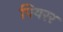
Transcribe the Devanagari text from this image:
पियरर